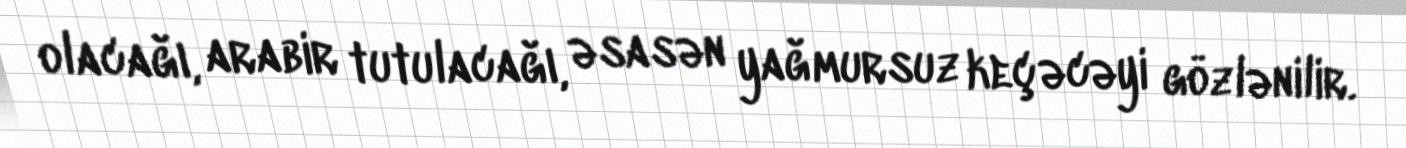
olacağı, arabir tutulacağı, əsasən yağmursuz keçəcəyi gözlənilir.